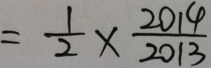
= \frac { 1 } { 2 } \times \frac { 2 0 1 4 } { 2 0 1 3 }